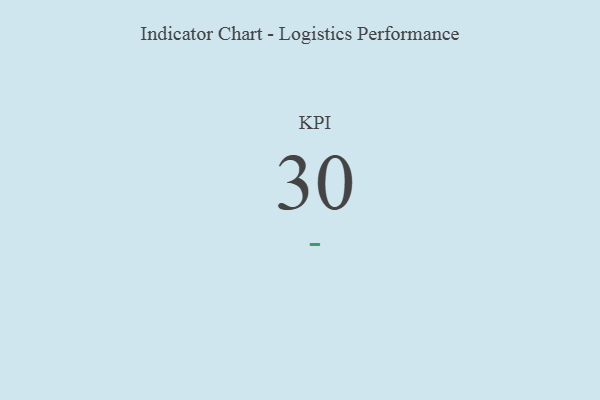
{"axis": {"x": "KPI", "y": "Value"}, "legend": [""], "data": [{"x": "KPI", "y": 30, "type": ""}]}